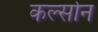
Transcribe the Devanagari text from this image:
कर्ल्सोन